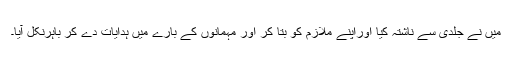
میں نے جلدی سے ناشتہ کیا اوراپنے ملازم کو بتا کر اور مہمانوں کے بارے میں ہدایات دے کر باہرنکل آیا۔